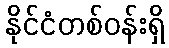
နိုင်ငံတစ်ဝန်းရှိ